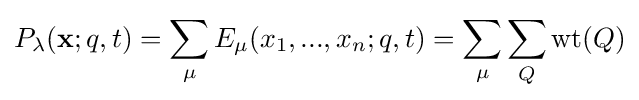
P_{\lambda }({\textbf {x}};q,t)=\sum _{\mu }E_{\mu }(x_{1},...,x_{n};q,t)=\sum _{\mu }\sum _{Q}\mathrm {wt} (Q)